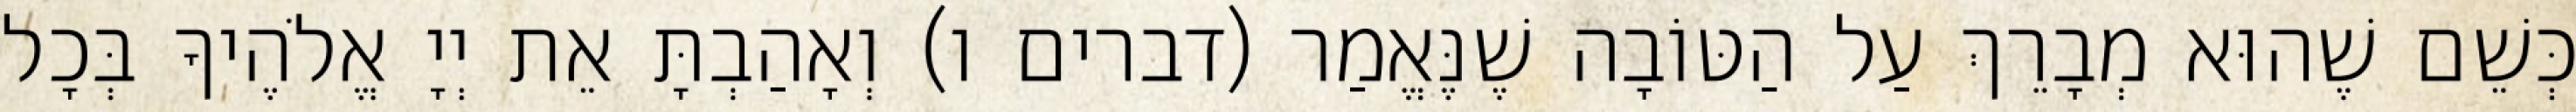
כְּשֵׁם שֶׁהוּא מְבָרֵךְ עַל הַטּוֹבָה שֶׁנֶּאֱמַר (דברים ו) וְאָהַבְתָּ אֵת יְיָ אֱלֹהֶיךָ בְּכָל